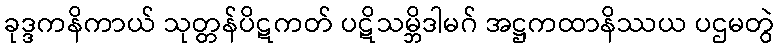
ခုဒ္ဒကနိကာယ် သုတ္တန်ပိဋကတ် ပဋိသမ္ဘိဒါမဂ် အဋ္ဌကထာနိဿယ ပဌမတွဲ